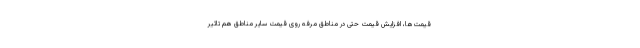
قیمت‌ها، افزایش قیمت حتی در مناطق مرفه روی قیمت سایر مناطق هم تاثیر